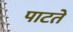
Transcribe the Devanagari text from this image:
पाटते